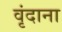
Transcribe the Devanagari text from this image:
वृंदाना